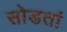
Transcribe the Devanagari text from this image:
सोडतां